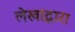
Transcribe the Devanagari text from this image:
लेखाद्वारा